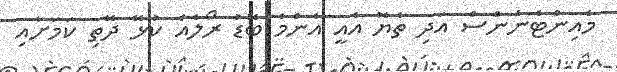
މެއިންޓެނެންސް އަދި ތެޔޮ އެއީ އެންމެ ބޮޑު ރޯލެއް ކުޅޭ ދޭތި ކަމަށާއި